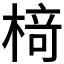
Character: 𬃪